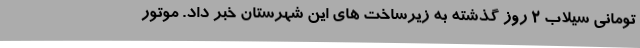
تومانی‌ سیلاب ۲ روز گذشته به زیرساخت های این شهرستان خبر داد. موتور